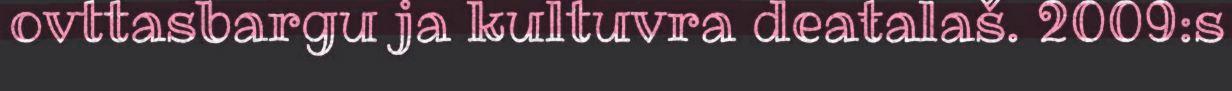
ovttasbargu ja kultuvra deaŧalaš. 2009:s